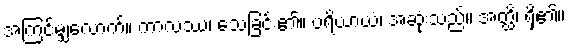
အကြင်မျှလောက်။ ကာလဿ၊ သေခြင်း၏။ ပရိယာယံ၊ အဆုံးသည်။ အတ္ထိ၊ ရှိ၏။